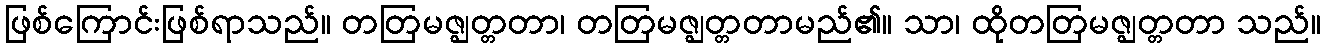
ဖြစ်ကြောင်းဖြစ်ရာသည်။ တတြမဇ္ဈတ္တတာ၊ တတြမဇ္ဈတ္တတာမည်၏။ သာ၊ ထိုတတြမဇ္ဈတ္တတာ သည်။